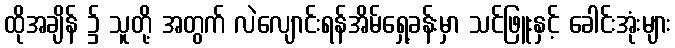
ထိုအချိန် ၌ သူတို့ အတွက် လဲလျောင်းရန်အိမ်ရှေ့ခန်းမှာ သင်ဖြူးနှင့် ခေါင်းအုံးများ